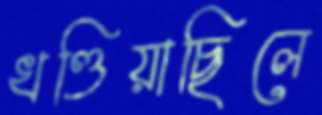
খণ্ডিয়াছিলে